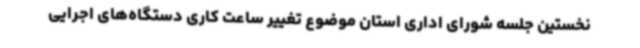
نخستین جلسه شورای اداری استان موضوع تغییر ساعت کاری دستگاه‌های اجرایی